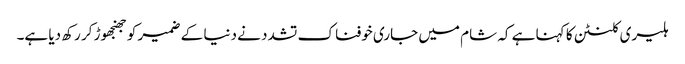
ہلیری کلنٹن کا کہنا ہے کہ شام میں جاری خوفناک تشدد نے دنیا کے ضمیر کو جھنجھوڑ کر رکھ دیا ہے۔